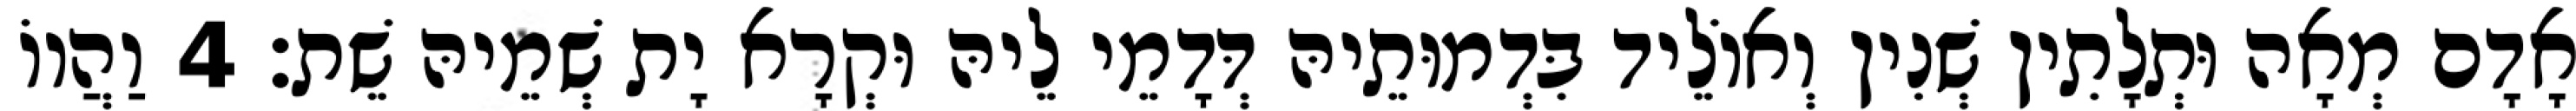
אָדָם מְאָה וּתְלָתִין שְׁנִין וְאוֹלֵיד בִּדְמוּתֵיהּ דְּדָמֵי לֵיהּ וּקְרָא יָת שְׁמֵיהּ שֵׁת׃ 4 וַהֲווֹ